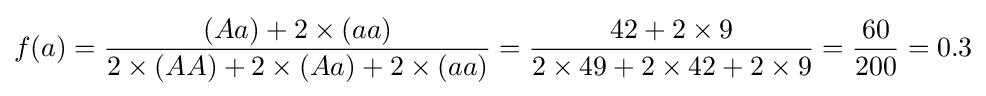
{\begin{aligned}f({a})&={(Aa)+2\times (aa) \over 2\times (AA)+2\times (Aa)+2\times (aa)}={42+2\times 9 \over 2\times 49+2\times 42+2\times 9}={60 \over 200}=0.3\\\end{aligned}}